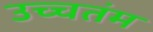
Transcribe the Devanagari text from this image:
उच्चतंम